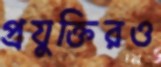
প্রযুক্তিরও